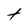
Character: t